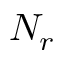
N _ { r }